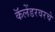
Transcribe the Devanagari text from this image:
कॅलेंडरवरचे